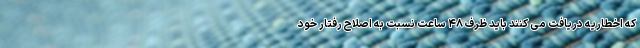
که اخطاریه دریافت می کنند باید ظرف ۴۸ ساعت نسبت به اصلاح رفتار خود